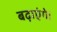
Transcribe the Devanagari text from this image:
बढ़ाएंगे।